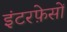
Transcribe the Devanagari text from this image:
इंटरफ़ेसों